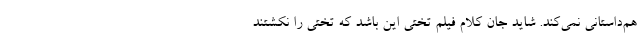
هم‌داستانی نمی‌کند. شاید جان کلام فیلم تختی این باشد که تختی را نکشتند